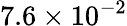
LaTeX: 7.6\times 10^{-2}